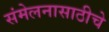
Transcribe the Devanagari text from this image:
संमेलनासाठीचे